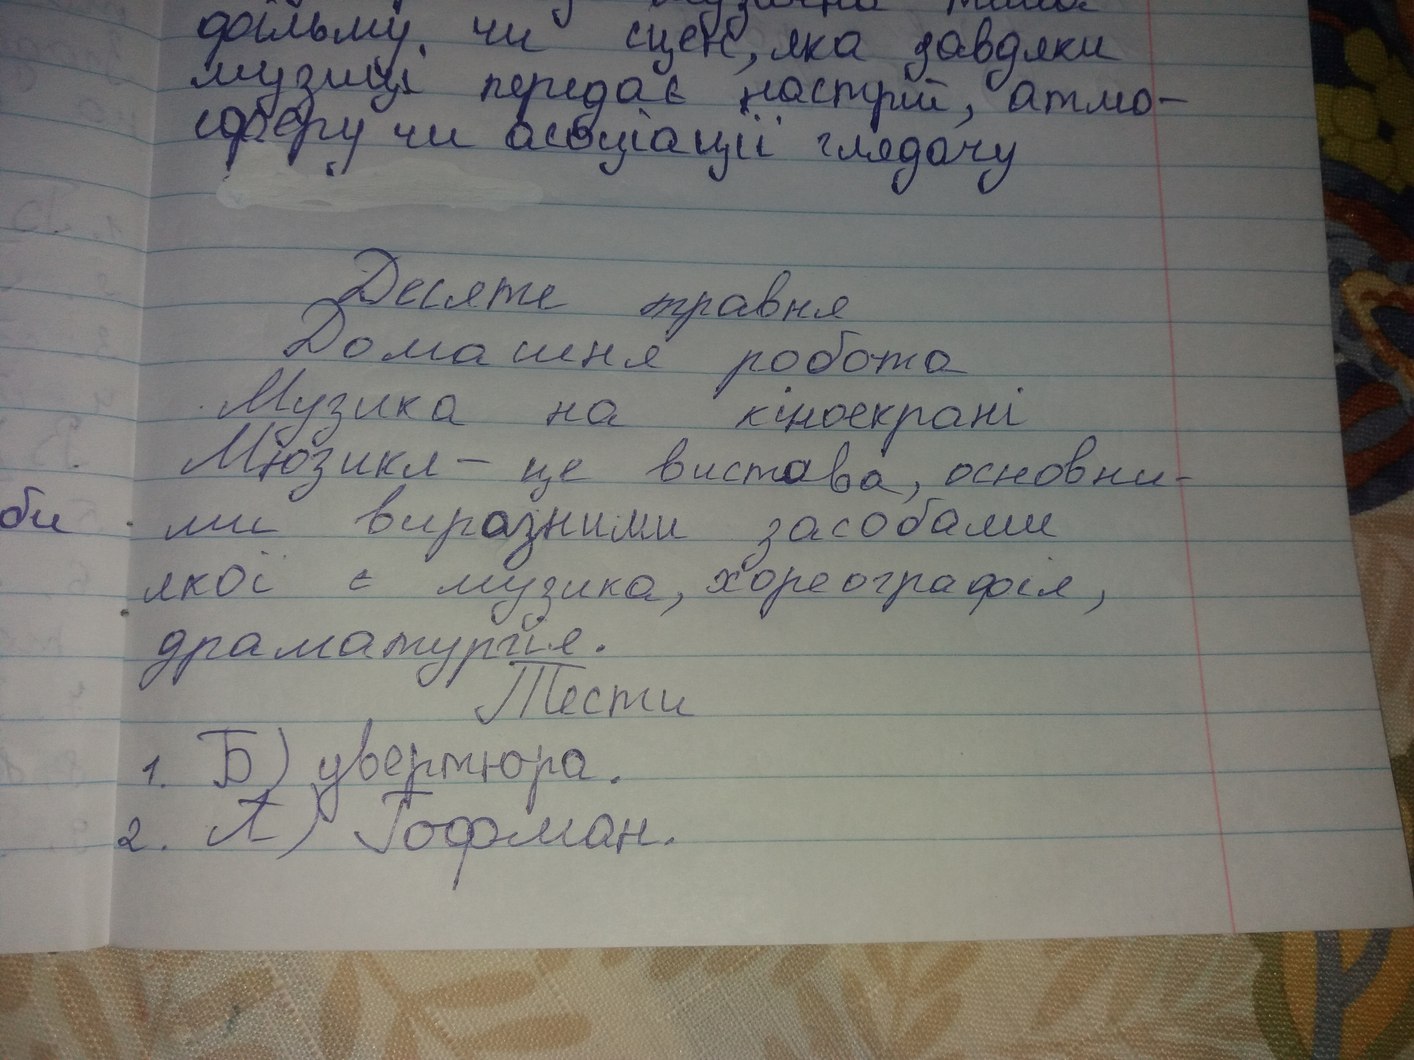
фільму, чи сцен, яка завдяки
музиці передає настрій, атмо-
сферу чи асоціації глядачу
Десяте травня
десяте травня
Музика на кіноекрані
Мюзикл - це вистава, основни-
би
ми виразними засобами
якої є музика, хореографія,
драматургія.
Тести
1. Б) увертюра.
2. А. Гофман.